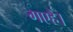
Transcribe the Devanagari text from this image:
गएहै।